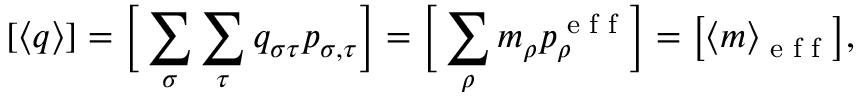
[ \langle q \rangle ] = \Big [ \sum _ { \sigma } \sum _ { \tau } q _ { \sigma \tau } p _ { \sigma , \tau } \Big ] = \Big [ \sum _ { \rho } m _ { \rho } p _ { \rho } ^ { \textrm { e f f } } \Big ] = \big [ \langle m \rangle _ { \textrm { e f f } } \big ] ,